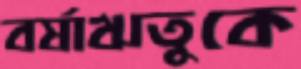
বর্ষাঋতুকে